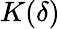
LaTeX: K(\delta)